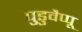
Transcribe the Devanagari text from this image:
पुडुवैप्पू